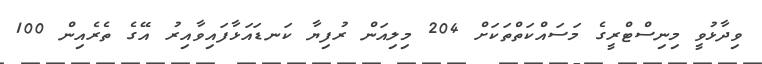
ވިދާޅުވީ މިނިސްޓްރީގެ މަސައްކަތްތަކަށް 204 މިލިއަން ރުފިޔާ ކަނޑައަޅާފައިވާއިރު އޭގެ ތެރެއިން 100